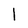
Character: l